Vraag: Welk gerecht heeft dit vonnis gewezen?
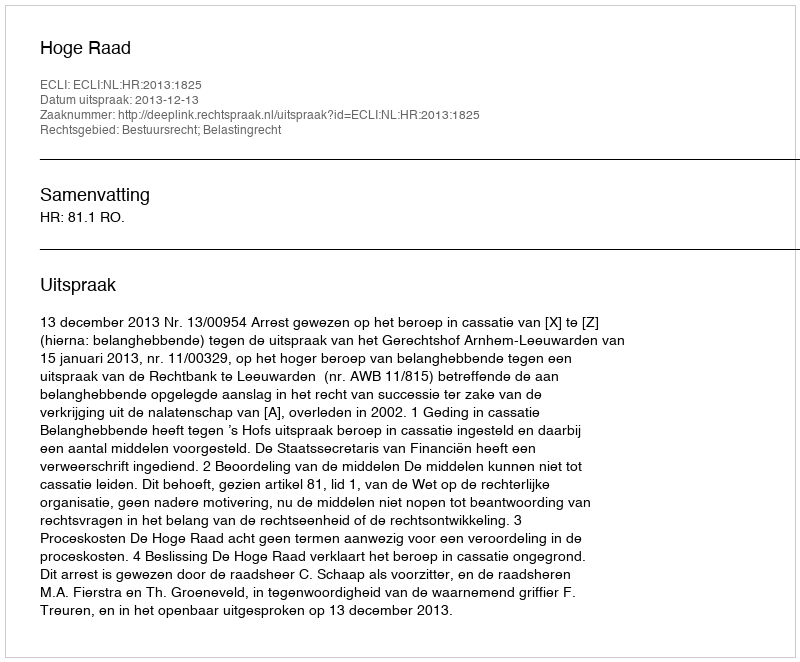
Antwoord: Hoge Raad